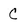
Character: C